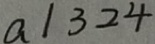
a / 3 2 4